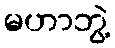
မဟာဘွဲ့